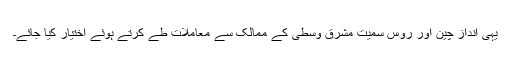
یہی انداز چین اور روس سمیت مشرق وسطیٰ کے ممالک سے معاملات طے کرتے ہوئے اختیار کیا جائے۔